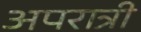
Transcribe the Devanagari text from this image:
अपरात्री